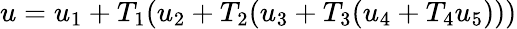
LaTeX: u=u_{1}+T_{1}(u_{2}+T_{2}(u_{3}+T_{3}(u_{4}+T_{4}u_{5})))